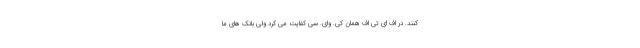
کنند. در اف ای تی اف همان کی. وای. سی کفایت می کرد ولی بانک های ما